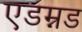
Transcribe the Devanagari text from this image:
एडम्नड